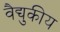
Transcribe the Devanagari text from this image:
वैद्युकीय